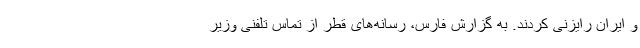
و ایران رایزنی کردند. به گزارش فارس، رسانه‌های قطر از تماس تلفنی وزیر